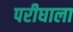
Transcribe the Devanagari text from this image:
परीघाला